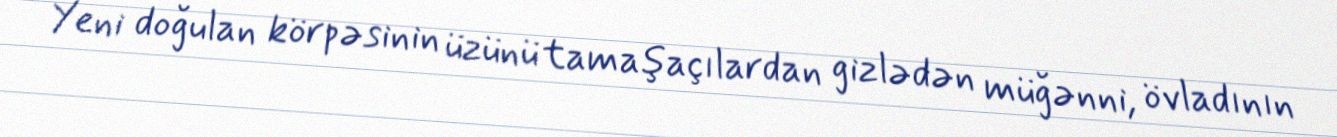
Yeni doğulan körpəsinin üzünü tamaşaçılardan gizlədən müğənni, övladının